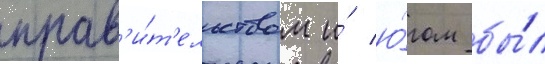
прав'и́т'ельством и́ ю́гом бы́л